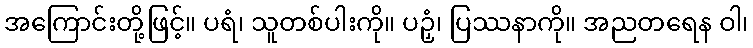
အကြောင်းတို့ဖြင့်။ ပရံ၊ သူတစ်ပါးကို။ ပဉှံ၊ ပြဿနာကို။ အညတရေန ဝါ၊